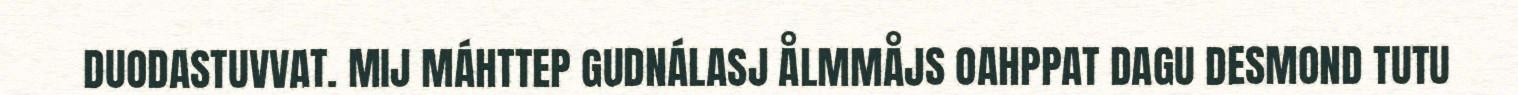
DUODASTUVVAT. MIJ MÁHTTEP GUDNÁLASJ ÅLMMÅJS OAHPPAT DAGU DESMOND TUTU